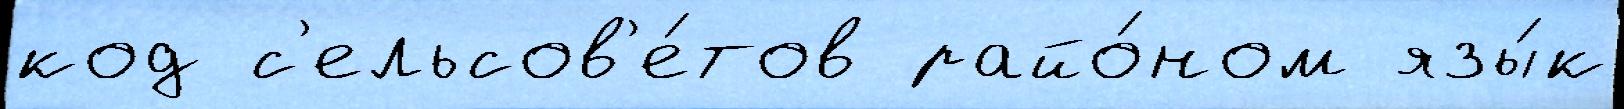
код с'ельсов'е́тов райо́ном язы́к